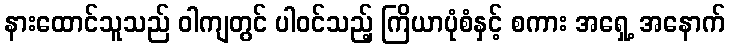
နားထောင်သူသည် ဝါကျတွင် ပါဝင်သည့် ကြိယာပုံစံနှင့် စကား အရှေ့ အနောက်